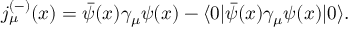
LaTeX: j _ { \mu } ^ { ( - ) } ( x ) = \bar { \psi } ( x ) \gamma _ { \mu } \psi ( x ) - \langle 0 | \bar { \psi } ( x ) \gamma _ { \mu } \psi ( x ) | 0 \rangle .